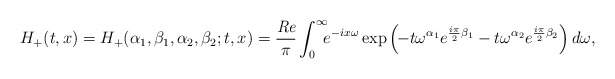
\begin{align*}H_{+}(t, x) = H_{+}({\alpha_{1}, \beta_{1}, \alpha_{2}, \beta_{2}}; t, x) = \frac{\textit{Re}}{\pi} \int_{0}^{\infty} \hskip -2mm e^{-i x \omega} \exp\left(\!- t \omega^{\alpha_{1}} e^{\frac{i\pi}{2}\beta_{1}} - t \omega^{\alpha_{2}} e^{\frac{i\pi}{2}\beta_{2}}\right) d\omega, \end{align*}